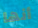
أنها